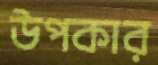
উপকার